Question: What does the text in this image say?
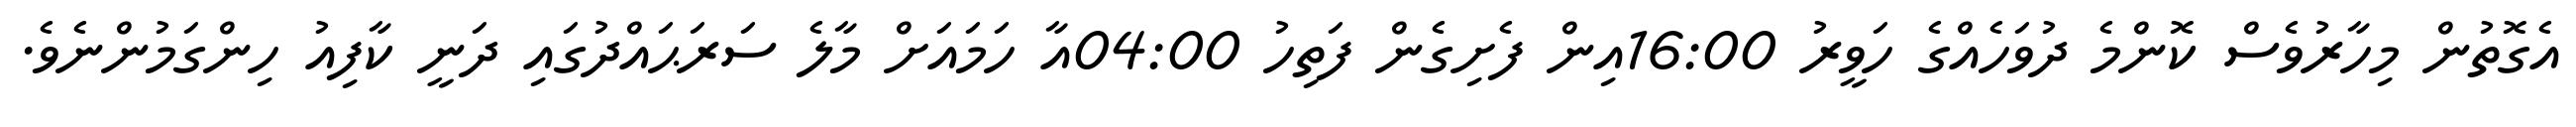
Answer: އެގޮތުން މިހާރުވެސް ކޮންމެ ދުވަހެއްގެ ހަވީރު 16:00އިން ފެށިގެން ފަތިހު 04:00އާ ހަމައަށް މާލެ ސަރަޙައްދުގައި ދަނީ ކާފިއު ހިންގަމުންނެވެ.